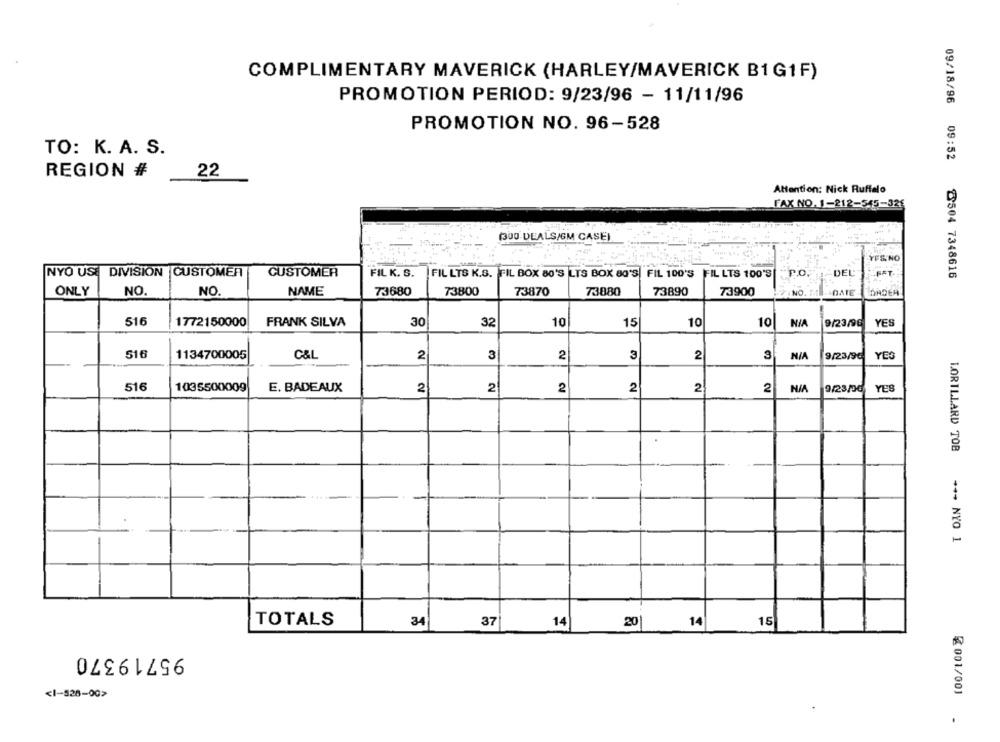
COMPLIMENTARY MAVERICK (HARLEY/MAVERICK B1G1F)
PROMOTION PERIOD: 9/23/96 - 11/11/96
PROMOTION NO. 96-528
TO: K. A. S.
09/18/96 09:52
REGION #
22
Attention: Nick Ruffalo
FAX NO. 1-212-545-326
(300 DEALS/GM CASE)
YES/NO
NYO US. DIVISION |CUSTOMER
CUSTOMER
FIL K. S.
FIL LTS K.S. FIL BOX 80'S LTS BOX 80'S, FIL 100'S FIL LTS 100'S| P.O.
DEL FFFT
8504 7348616
ONLY
NO
NO.
NAME
73680
73800
73870
73880
73890
73900
NO
DATE
516
1772150000
FRANK SILVA
30
32
10
15
10
10
NIA
9/23/96
YES
516
1134700005
C&L
2
3
2
3
2
3
9/23/96
YES
516
1035500009
E. BADEAUX
2
2
2
2
2
2
9/23/00 YES
LORILLARD TOB
*** NYO 1
TOTALS
34
37
14
20
14
15
95719370
<1-528-00>
₹ 001/00)
.